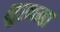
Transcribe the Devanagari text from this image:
शुरकन्डा